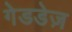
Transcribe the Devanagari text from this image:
गेडडेज़